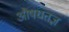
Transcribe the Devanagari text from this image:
औषधतज्ञ